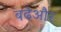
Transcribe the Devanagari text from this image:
बढेऔर